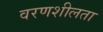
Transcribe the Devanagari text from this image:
वरणशीलता